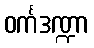
ဝင်္ကဒဏ္ဍာ